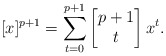
\begin{align*}[x]^{p+1} = \sum_{t=0}^{p+1} \begin{bmatrix} p+1 \\ t \end{bmatrix} x^t .\end{align*}